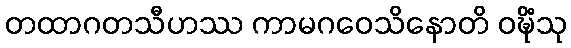
တထာဂတသီဟဿ ကာမဂဝေသိနောတိ ဝဍ္ဎိံသု